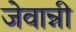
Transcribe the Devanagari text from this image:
जेवान्नी